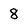
Character: 8